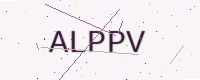
Text: ALPPV